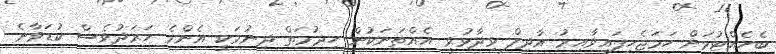
ބެހެއްޓުމަށް ހަމަޖެހިފައިވާއިރު އާދިލް ވިދާޅުވީ އެއްތަނަކުން ހިދުމަތް ދިނުމަކީ އެންމެ ހަރަދުވެސް ކުޑަވާނެ